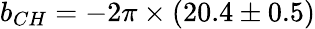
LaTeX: b_{CH}=-2\pi\times(20.4\pm 0.5)